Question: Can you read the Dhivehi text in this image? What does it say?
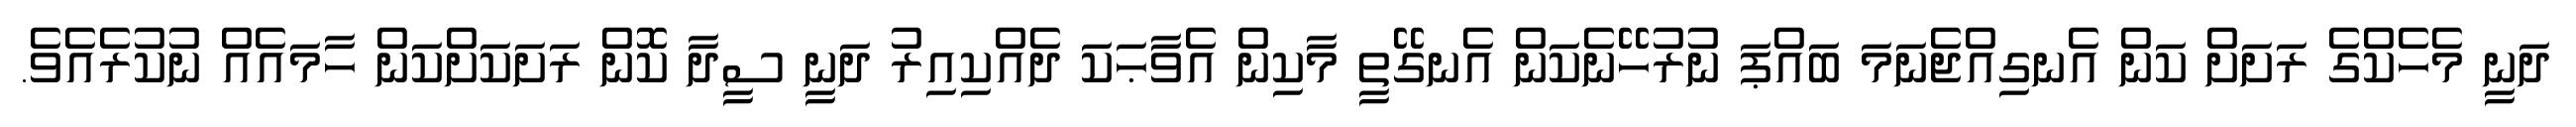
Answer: ދަނީ މެހެކްގެ ރަށަށް ކަން އެނގިއްޖެނަމަ ބައްޕަ ނުރުހޭނެކަން އެނގޭތީ މާކިން އެވާޙަކަ ދެއްކިއިރު ދަނީ ސީދާ ކޮން ރަށަކަށްކަން ހާމައެއް ނުކުރެއެވެ.